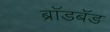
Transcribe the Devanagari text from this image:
ब्राॅडबॅड